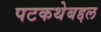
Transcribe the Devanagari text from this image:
पटकथेबद्दल